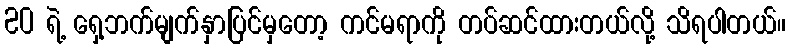
20 ရဲ့ ရှေ့ဘက်မျက်နှာပြင်မှတော့ ကင်မရာကို တပ်ဆင်ထားတယ်လို့ သိရပါတယ်။